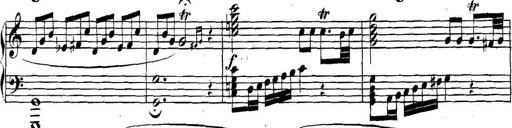
Title: Collected Piano Sonatas
Composer: Muzio Clementi